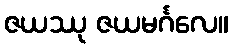
ဇယဿု ဇယမင်္ဂလေ။